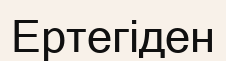
Ертегіден